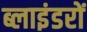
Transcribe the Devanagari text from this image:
ब्लाइंडरों